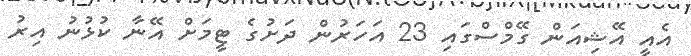
އެއީ އޭޝިއަން ގޭމްސްގައި 23 އަހަރުން ދަށުގެ ޓީމަށް އޭނާ ކުޅުނު އިރު